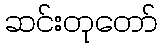
ဆင်းတုတော်